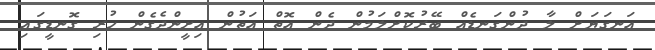
އަނގަޔަށް ލާ ދުންގަނޑެއް ބޭރުކޮށްލަމުން ދެން އޮތް އަތުން އިށީންދެގެން ހުރި ގޮނޑީގައި